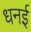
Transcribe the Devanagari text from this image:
धनई